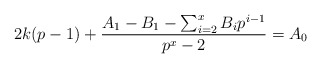
\begin{align*}2k(p-1) +\frac{A_1-B_1 - \sum_{i=2}^x B_i p^{i-1}}{p^x-2} = A_0\end{align*}